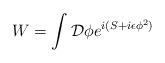
LaTeX: \begin{align*}W=\int{\cal D}\phi e^{i(S+i\epsilon\phi^2)}\end{align*}